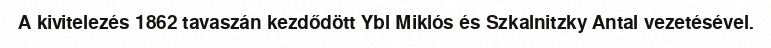
A kivitelezés 1862 tavaszán kezdődött Ybl Miklós és Szkalnitzky Antal vezetésével.